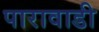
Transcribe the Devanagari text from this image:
पारावाडी